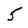
Character: 5